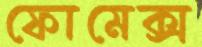
ফোমেক্স